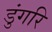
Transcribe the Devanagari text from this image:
डुंगरि